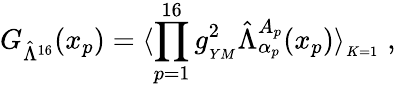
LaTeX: G_{\hat{\Lambda}^{16}}(x_{p})=\langle\prod_{p=1}^{16}g_{_{YM}}^{2}\hat{\Lambda}_{\alpha_{p}}^{A_{p}}(x_{p})\rangle_{_{K=1}}\; ,